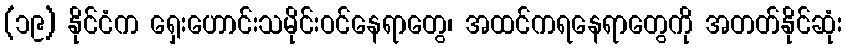
(၁၉) နိုင်ငံက ရှေးဟောင်းသမိုင်းဝင်နေရာတွေ၊ အထင်ကရနေရာတွေကို အတတ်နိုင်ဆုံး